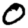
Digit: 0